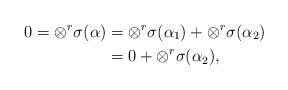
LaTeX: \begin{align*} 0 = \otimes^r \sigma(\alpha) &= \otimes^r \sigma(\alpha_1) + \otimes^r \sigma(\alpha_2)\\ & = 0 + \otimes^r \sigma(\alpha_2), \end{align*}